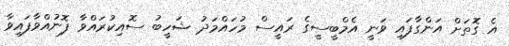
އެ ގޮތަށް އަންގާފައި ވަނީ އެމްބީސީގެ ރައީސް މުހައްމަދު ޝަހީބު ސޮއިކުރައްވާ ފޮނުއްވާފައިވާ